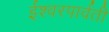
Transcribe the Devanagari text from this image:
ईश्वरपार्वती